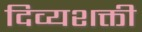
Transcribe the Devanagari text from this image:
दिव्यशक्ती